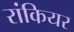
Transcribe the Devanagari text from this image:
रांकियर